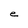
Character: e